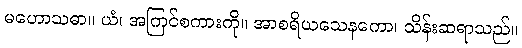
မဟောသဓာ။ ယံ၊ အကြင်စကားကို။ အာစရိယသေနကော၊ သိန်းဆရာသည်။